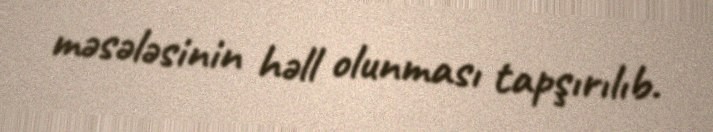
məsələsinin həll olunması tapşırılıb.